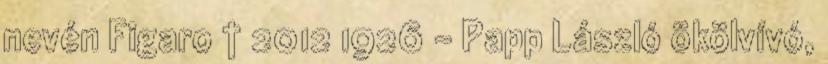
nevén Figaro † 2012 1926 – Papp László ökölvívó,